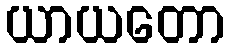
ယာယတော